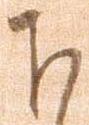
下